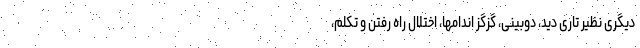
دیگری نظیر تاری دید، دوبینی، گزگز اندامها، اختلال راه رفتن و تکلم،